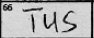
Transcription: TUS